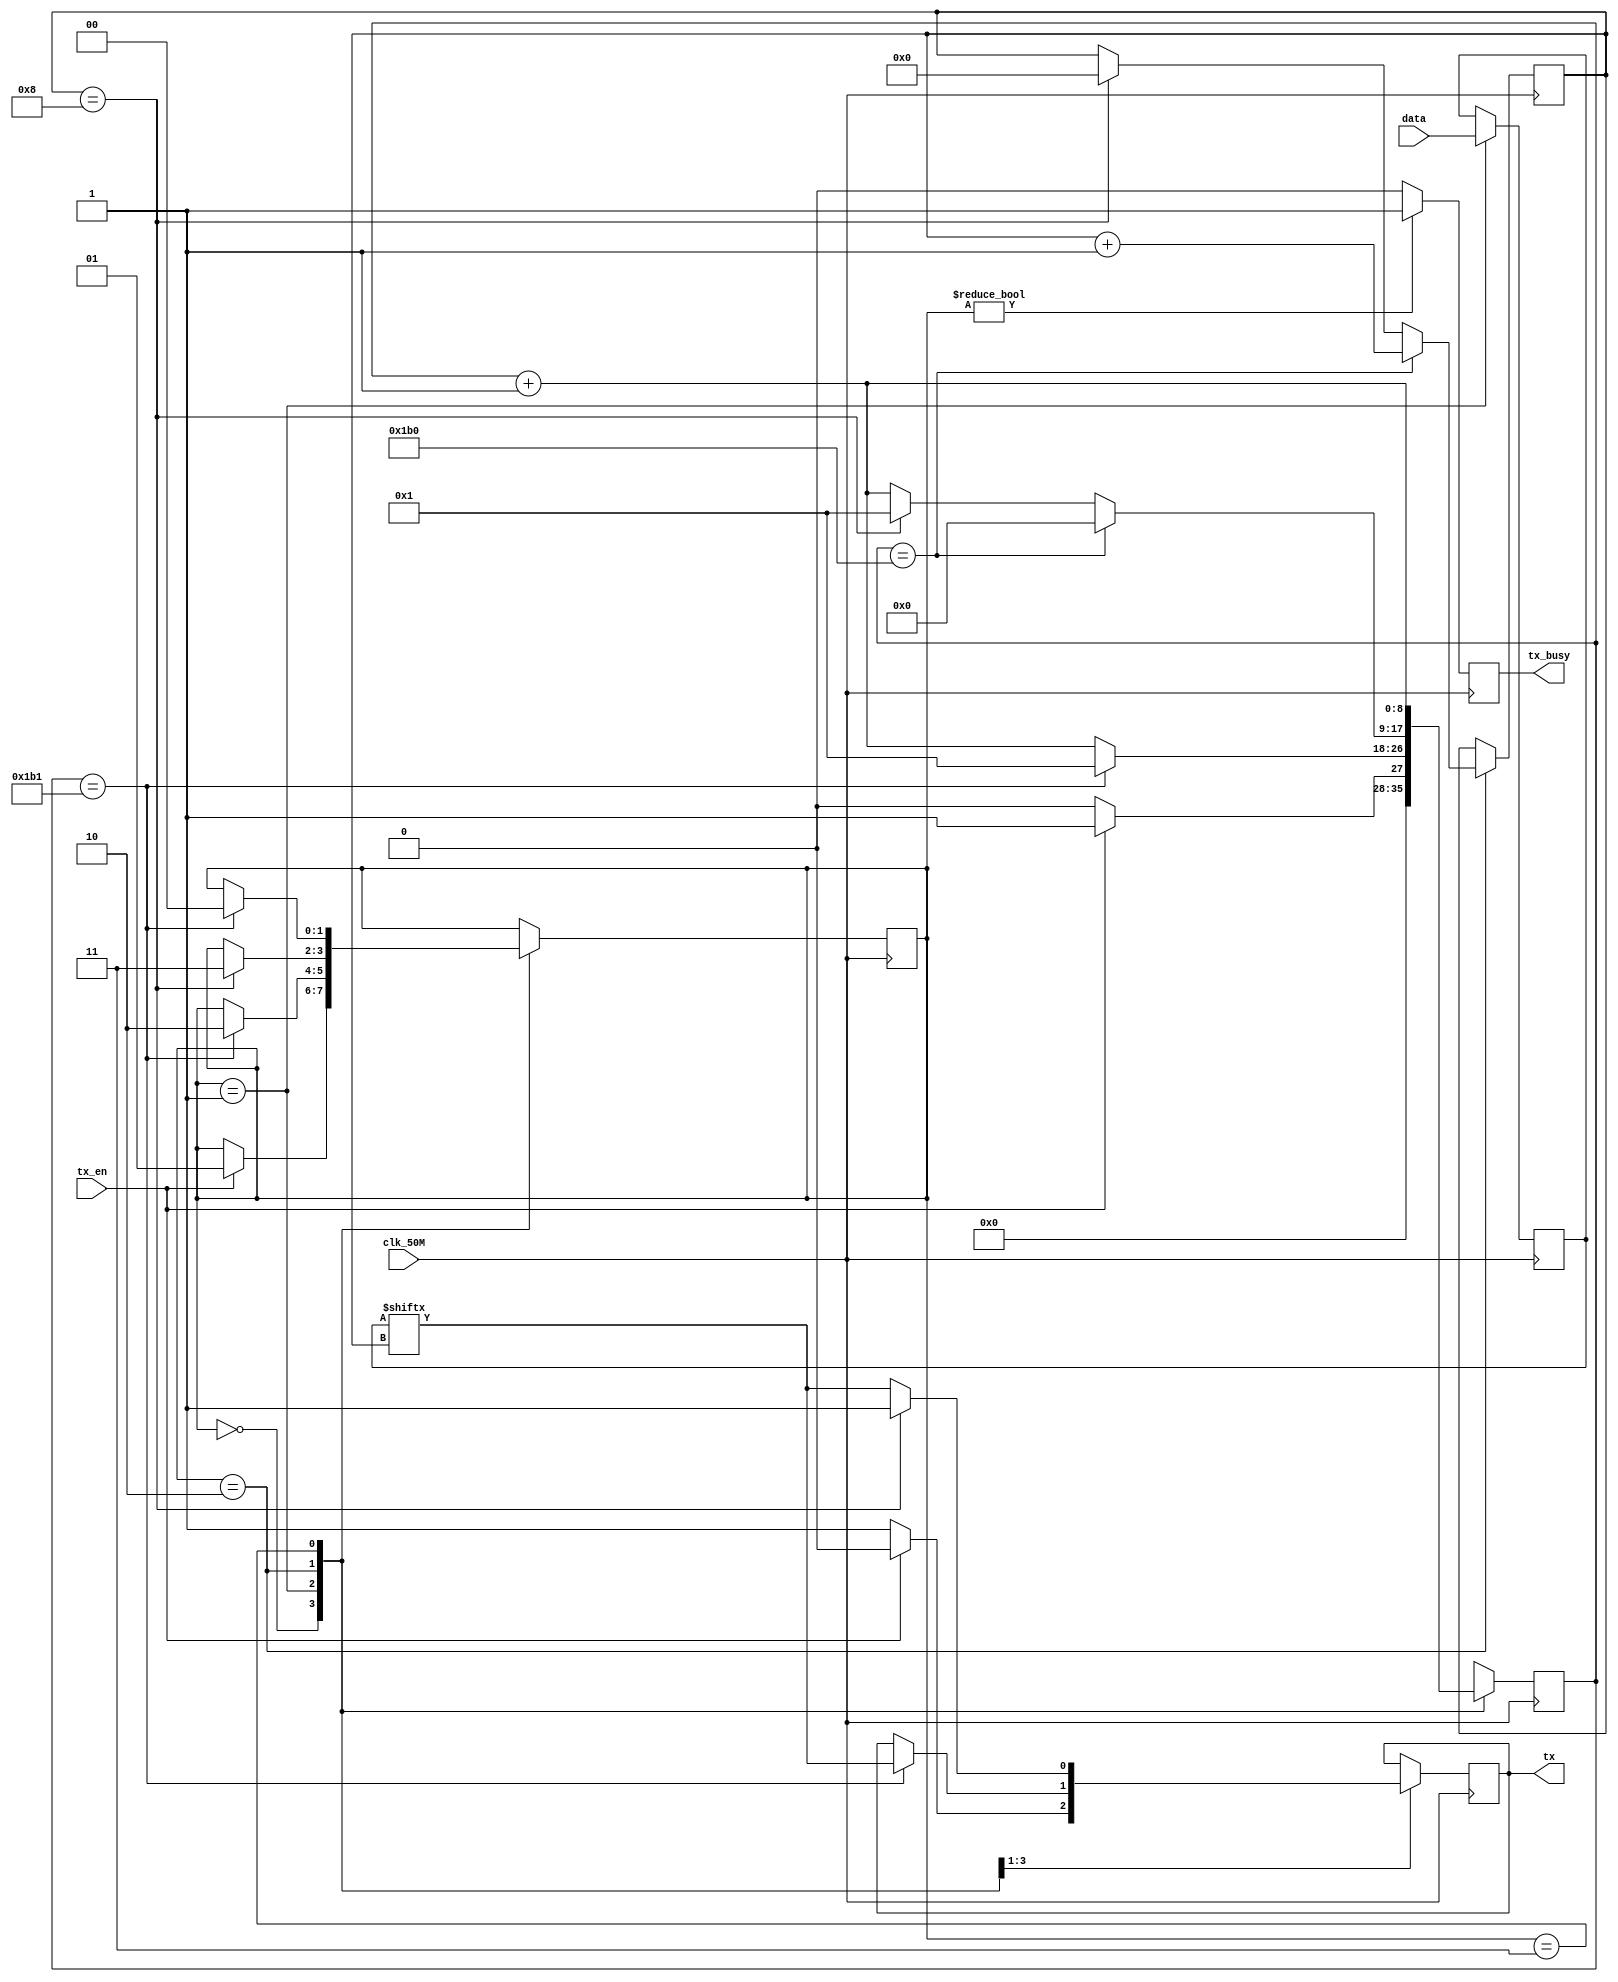
//	/*
//Module UART Transmitter
//
//Input:  clk_50M - 50 MHz clock
//        data    - 8-bit data line to transmit
//Output: tx      - UART Transmission Line
//*/
//
module UART_TX(
    input  clk_50M, tx_en,
    input  [7:0] data,
    output reg tx, tx_busy
);

parameter ST_IDLE = 2'b00, ST_START = 2'b01, ST_DATA = 2'b10, ST_STOP = 2'b11;

reg [3:0] counter = 0;
reg [8:0] duration = 0;  // duration of 1 bit is 433 clock cycles
reg [1:0] state = ST_IDLE; 
reg [7:0] data_in=0;

always @(posedge clk_50M) begin

	 if (state != ST_IDLE) begin tx_busy <= 1; end
	 else begin tx_busy <= 0; end
		case(state)
	// Idle state checks if the data is available
       ST_IDLE: begin
            if (tx_en) begin
                state <= ST_START;
                tx <= 0;
                duration <= 1;
            end
            else begin
                tx <= 1;
                duration <= 0;
					 end
       end

      ST_START: begin
          duration <= duration + 1'b1;
          data_in <= data;
          if (duration == 433) begin
            state <= ST_DATA;
            duration <= 1;
            tx <= data_in[counter];
          end
      end

      ST_DATA: begin
          duration <= duration + 1'b1;
	      // If counter == 8 it implies that 8 bits have been sent and now a stop bit must be sent
          if (counter == 4'd8) begin
              tx <= 1;
              duration <= 1;
              counter <= 0;
              state <= ST_STOP;
          end
          else begin
		// Data is fed in serially to the receiver
              tx <= data_in[counter];
          end
          if (duration == 9'd432) begin 
		// The counter is incremented for each data bit
              counter <= counter+1;
              duration <= 0;
          end
      end

      ST_STOP: begin
          duration <= duration + 1'b1;
	      // Finally a stop bit is sent to finish the transmission
          if (duration == 9'd433) begin
              state <= ST_IDLE;
          end
      end
      default: 
          state <= ST_IDLE;
  endcase
end
endmodule